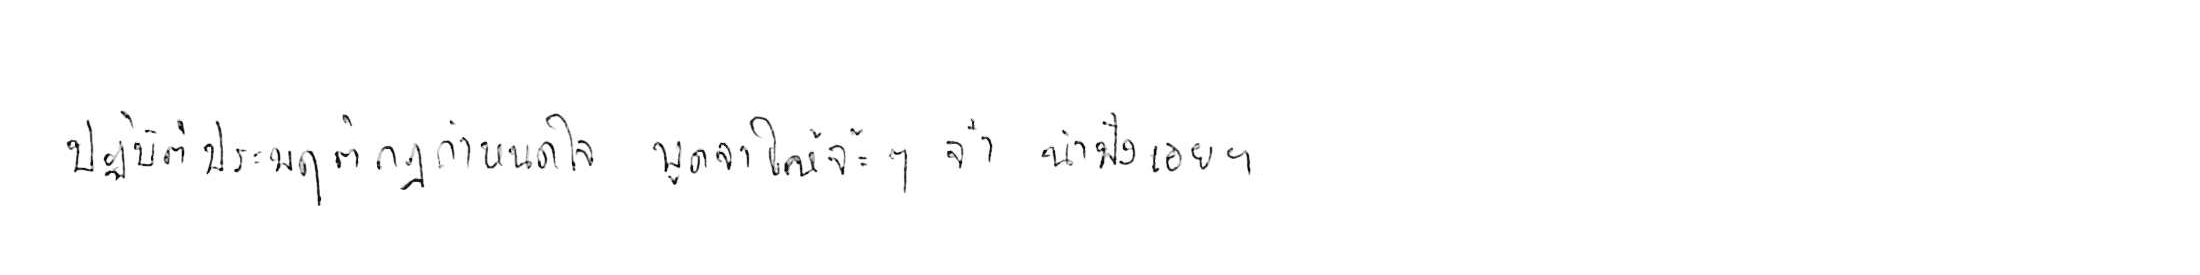
ปฏิบัติประพฤติกฎกำหนดใจ พูดจาให้จ๊ะๆ จ๋า น่าฟังเอยฯ